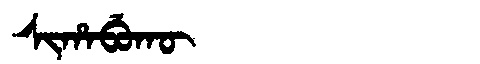
Manchu: ᠰᡳᡥᠠᠪᡠᡴᡡ
Romanization: SIHABUKŪ